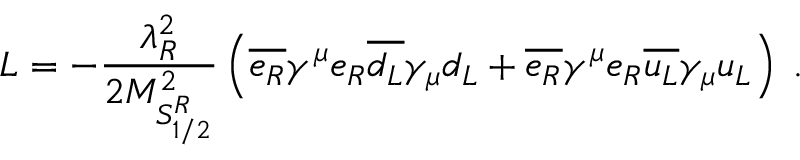
{ \cal L } = - \frac { \lambda _ { R } ^ { 2 } } { 2 M _ { { \cal S } _ { 1 / 2 } ^ { R } } ^ { 2 } } \left( \overline { { { e _ { R } } } } \gamma ^ { \mu } e _ { R } \overline { { { d _ { L } } } } \gamma _ { \mu } d _ { L } + \overline { { { e _ { R } } } } \gamma ^ { \mu } e _ { R } \overline { { { u _ { L } } } } \gamma _ { \mu } u _ { L } \right) \; .